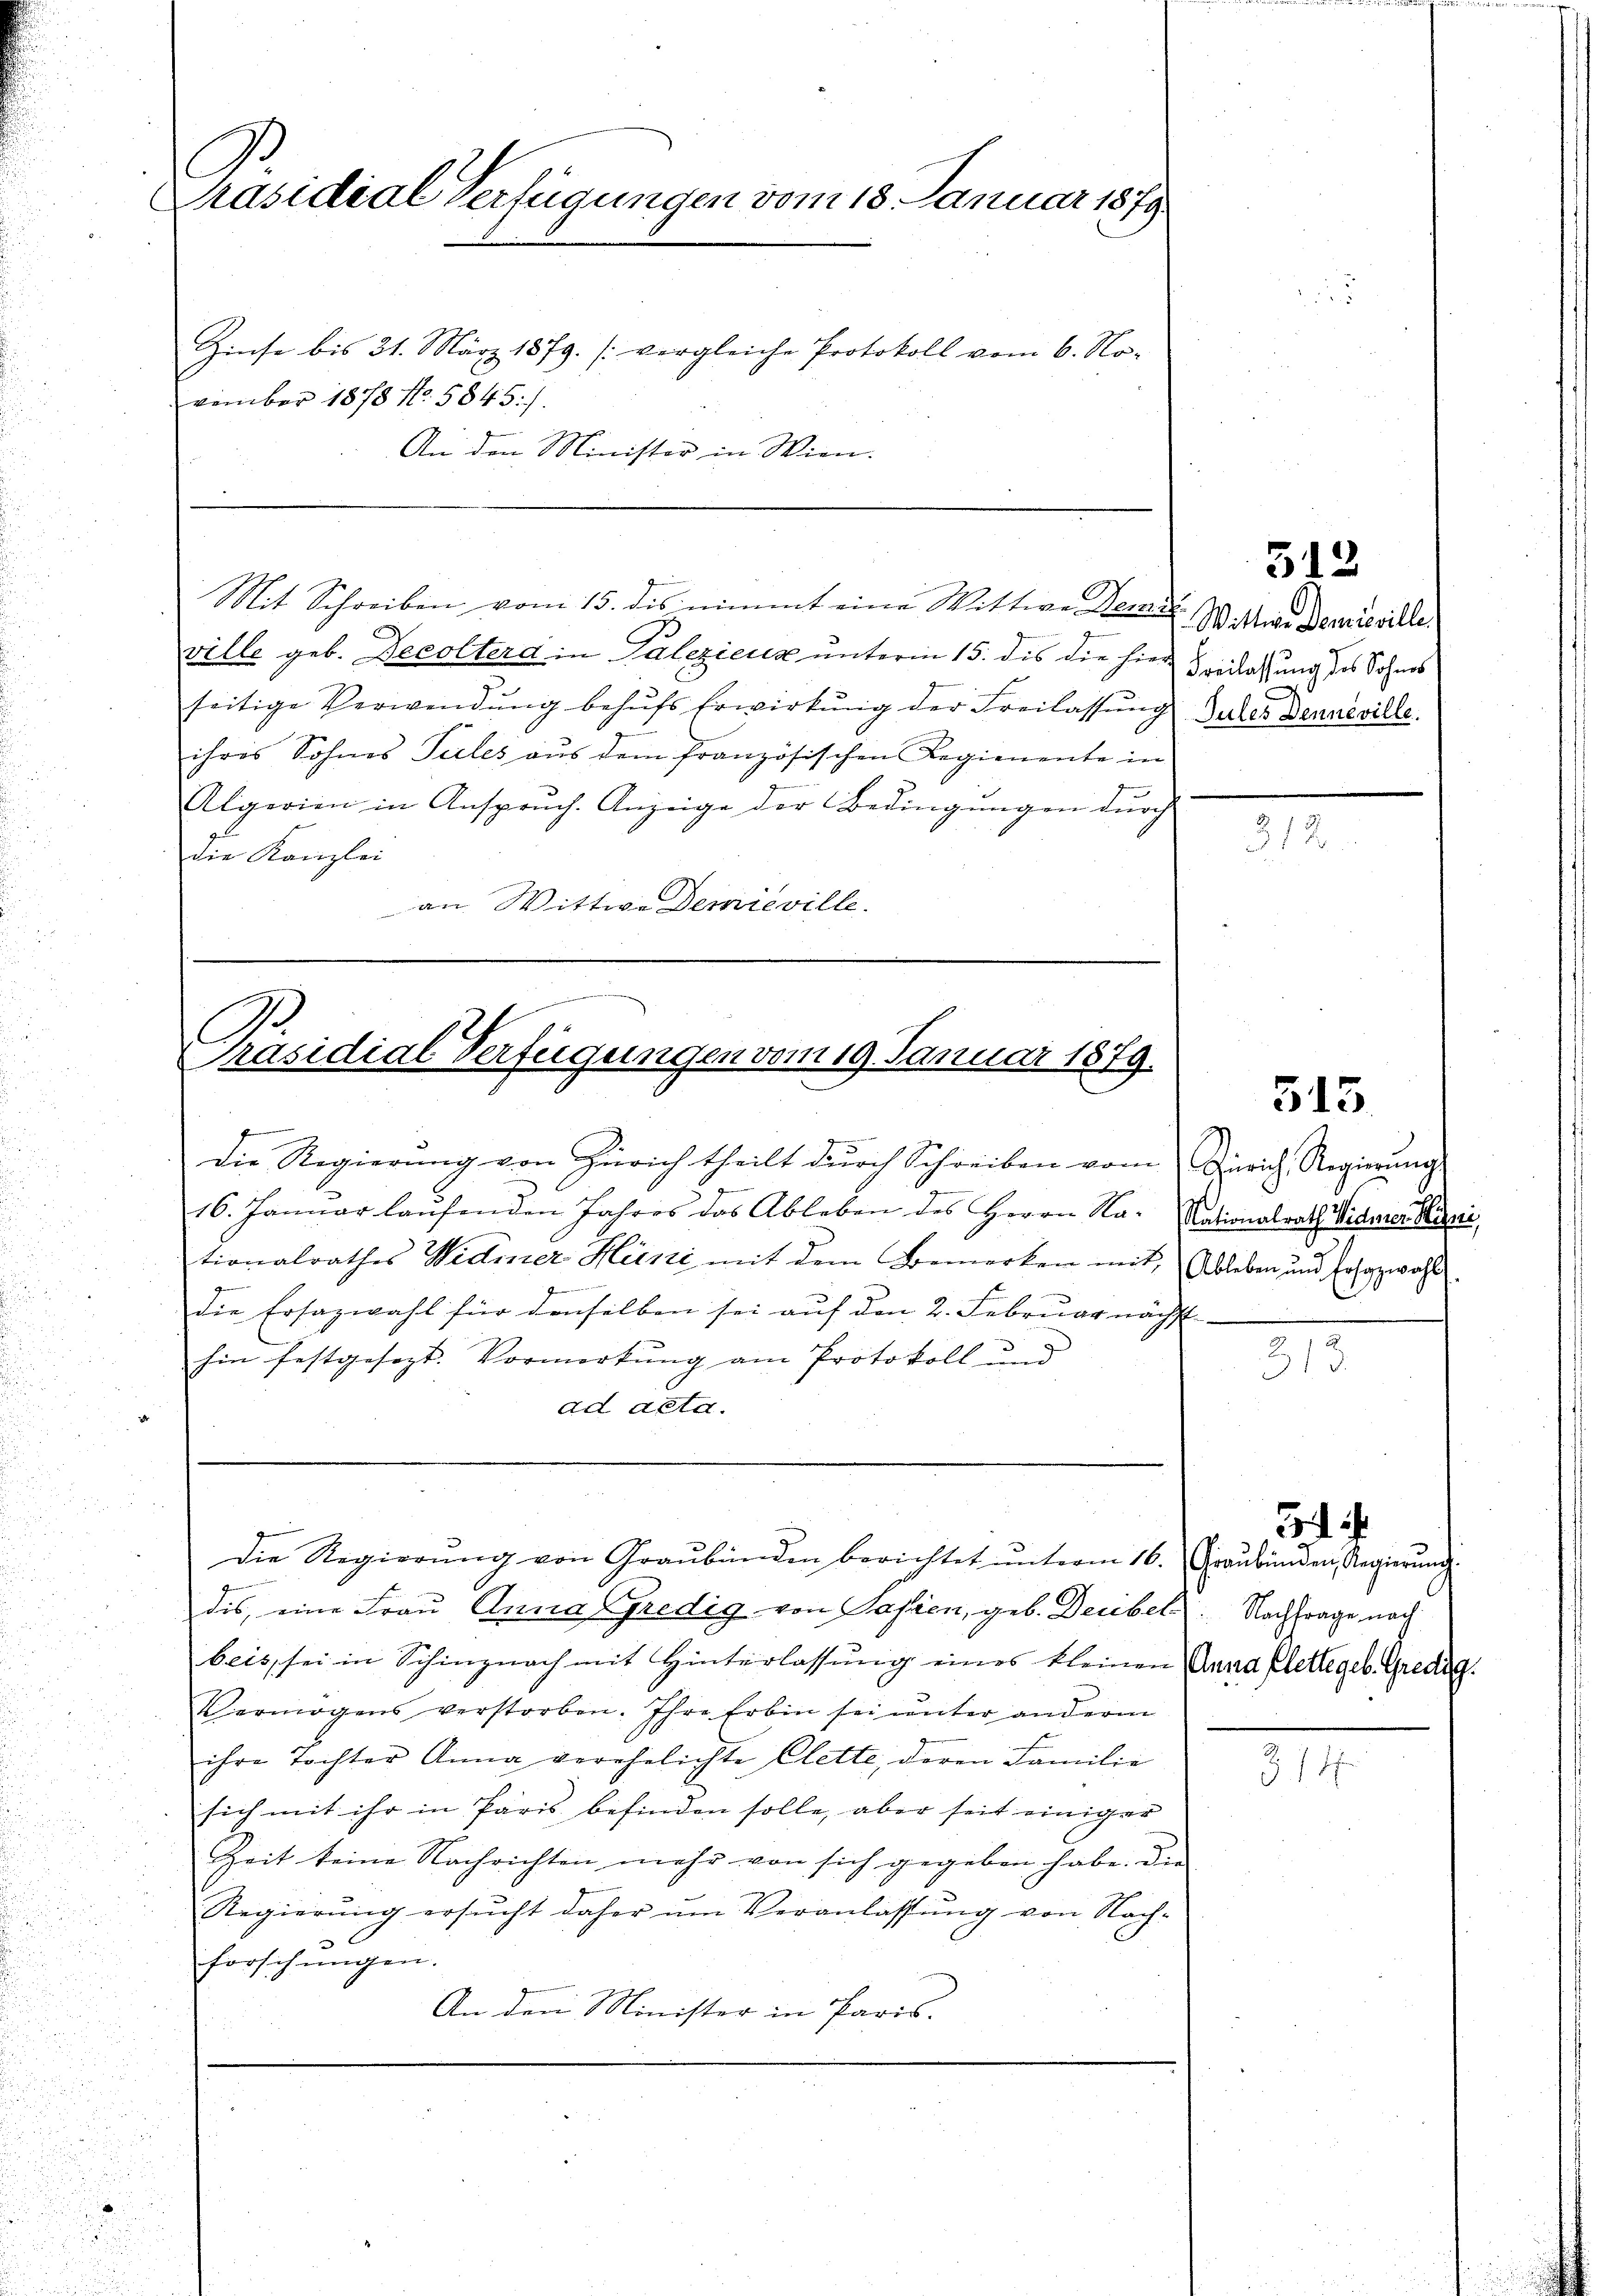
Präsidial-Verfügungen vom 18. Januar 1879
Zinse bis 31. März 1879. (vergleiche Protokoll vom 6. No-
vember 1878 No. 5845.7.
An den Minister in Wien.

e
Präsidial-Verfügungen vom 19. Januar 1879.

ville geb. Decolterd in Paleziens unterm 15. dis die hierseitige Verwendŭng behŭfs Erwirkŭng der Freilassŭng dates Benneville.
ihres Sohnes Teiles aus dem französischen Regienente in
Algerien in Anspruch. Anzeige der Bedingungen durch
die Kanzlei
an Wittwe Demieville.

tionalrathes Widmer Hüni mit dem Bemerken mit Ableben und Erhazwahl
die Ersazwahl für denselben sei auf den 2. Februar nächst-
hin festgesezt. Vormerkung am Protokoll und
ad acta.

Mit Schreiben vom 15. des nimmt eine Wittwe Deiner IV. Mini Demisville

Die Regierung von Zürich theilt durch Schreiben vom Zürich, Regierung
16. Januar laŭfenden Jahres das Ableben des Herrn Na-Nationalrath Viderer Marie,

Die Regierŭng von Graŭbänden berichtet ŭnterm 16.
dis, eine Frau Anna Gredig von Pasien, geb. Deubel. Nachfrage, nach
beis, sei in Schinznach mit Hinterlassŭng eines kleinen Anna Klette geb. Gredig
Vermögens verstorben. Ihre Erbin sei ŭnter anderm
ihre Tochter Anna verehelichte Clette, deren Familie
sich mit ihr in Paris befinden solle, aber seit einiger
Zeit seine Nachrichten mehr von sich gegeben habe. Die
Regierŭng ersŭcht daher ŭm Veranlassŭng von Nach-
“
forschungen.
An den Minister in Paris.

512
Freilassung des Sohnes
e

312

3.

i
Graubünden Regierung

314

15.